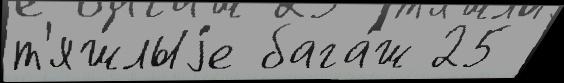
т'яж́лыjе бага́ж 25